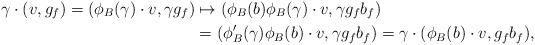
LaTeX: \begin{align*}\gamma \cdot (v,g_f) = (\phi_B (\gamma) \cdot v, \gamma g_f) & \mapsto (\phi_B(b) \phi_B (\gamma) \cdot v, \gamma g_f b_f ) \\ &= (\phi'_B (\gamma) \phi_B (b)\cdot v, \gamma g_f b_f ) = \gamma \cdot (\phi_B (b)\cdot v, g_f b_f),\end{align*}